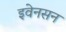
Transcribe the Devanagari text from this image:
इवेनसन